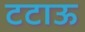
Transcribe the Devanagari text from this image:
टटाऊ